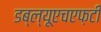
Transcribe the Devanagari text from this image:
डब्ल्यूएचएफ़टी